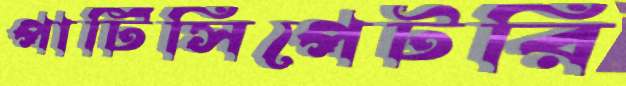
পার্টিসিপেটরি